Civil Veterinary Dept. Assam report 1911-1927 - 1911-1927
Year: 1911
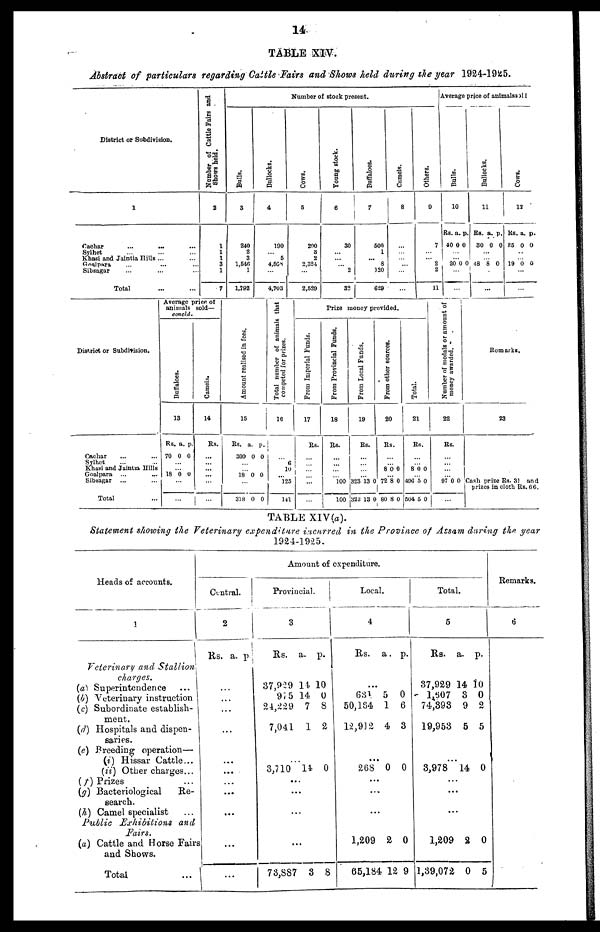
14
TABLE XIV.
Abstract of particulars regarding Cattle Fairs and Shows held during the year 1924-1925.
District or Subdivision.
1
Cachar ... ... ...
Sylhet ... ... ...
Khasi and Jaintia Hills ...
Goalpara ... ... ...
Sibsagar ... ... ...
Total ... ...
Number of Cattle Fairs and
Shows held.
2
1
1
1
3
1
7
Number of stock present.
Bulls.
3
240
2
3
1,546
1
1,792
Bullocks.
4
190
...
5
4,568
4,703
Cows.
5
200
3 2
2,324
2,529
Young stock.
6
30
...
...
...
2
32
Buffaloes.
7
500
1
...
8
120
629
Camels.
8
...
...
...
...
...
...
Others.
9
7
...
...
2
2
11
Average price of animals sold
Bulls.
10
Rs.
40
a.
0
p
0
...
... 20 0
...
...
Bullocks.
11
Rs.
30
a.
0
p.
0
...
... 48 8 0
...
...
Cows .
12
Rs.
25
a.
0
p.
0
...
... 19 0 0
...
...
District or Subdivision.
Cachar ... ...
Sylhet ... ...
Khasi and Jaintia Hills
Goalpara ... ...
Sibsagar ... ...
Total ...
Average price of
animals sold—
concld.
Buffaloes.
13
Rs.
70
a.
0
p.
0
...
...
18 6 0
...
...
Camels.
14
Rs.
...
...
...
...
...
...
Amo u n t r e a l i s e d in fees.
15
Rs.
300
a.
0
p.
0
...
...
18 0 0
...
318 0 0
Total number of animals that
competed for prizes.
16
...
6
19
...
123
141
Prize money provided.
From Imperial Funds.
17
Rs.
...
...
...
...
...
...
From Provincial Funds.
18
Rs.
...
...
...
...
100
100
Fr om Local Funds .
19
Rs.
...
...
...
...
323
323
13
13
0
0
Fr om ot her s our ces .
20
Rs.
...
...
8 0 0
...
72
80
8
8
0
0
Tot al .
21
Rs.
...
...
8 0 0
...
496
504
5
5
0
0
Nu mb e r of m e d a l s or amount of
money awarded.
22
Rs.
...
...
...
...
97 0 0
...
Remarks.
23
Cash prize Rs. 31 and
prizes in cloth Rs. 66.
TABLE XIV(a).
Statement showing the Veterinary expenditure incurred in the Province of Assam during the year
1924-1925.
Heads of accounts.
1
Veterinary and Stallion
charges.
(a) Superintendence
...
(b) Veterinary instruction
(c) Subordinate establish-
ment.
(d) Hospitals and dispen-
saries.
(e) Breeding operation—
(i) Hissar Cattle ...
(ii) Other charges ...
(f) Prizes
...
(g) Bacteriological
Re-
search.
(h) Camel specialist ...
Public Exhibitions
and
Fairs.
(a) Cattle and Morse Fairs.
and Shows.
Total
...
Amount of expenditure.
Central.
2
Rs. a. p.
...
...
...
...
...
...
...
...
...
...
...
Provincial.
3
Rs.
37,929
975
24,229
7,041
a.
14
14
7
1
p.
10
0
8
2
...
3,710 14 0
...
...
...
...
73,887 3 8
Local.
4
Rs. a. p.
...
631
50,164
12,912
5
1
4
0
6
3
268 0 0
...
...
...
1,209
65,184
2
12
0
9
Total.
5
Rs.
37,929
1,607
74,898
19,953
a.
14
8
9
5
p.
10
0
2
5
3,978 14 0
...
...
...
1,209
1,39,072
2
0
0
5
Remarks.
6